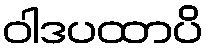
ဝါဒပထာပိ